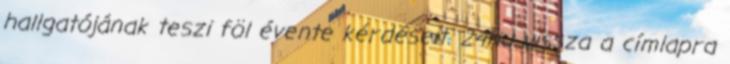
hallgatójának teszi föl évente kérdéseit. 24hu vissza a címlapra